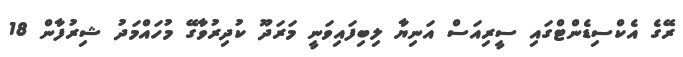
ރޭގެ އެކްސިޑެންޓްގައި ސީރިއަސް އަނިޔާ ލިބިފައިވަނީ މަރަދޫ ކުދިރުވާގޭ މުހައްމަދު ޝިރުފާން 18